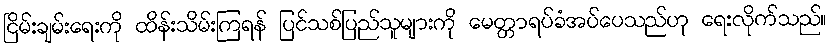
ငြိမ်းချမ်းရေးကို ထိန်းသိမ်းကြရန် ပြင်သစ်ပြည်သူများကို မေတ္တာရပ်ခံအပ်ပေသည်ဟု ရေးလိုက်သည်။